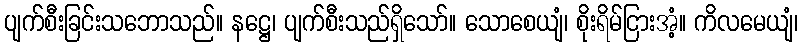
ပျက်စီးခြင်းသဘောသည်။ နဋ္ဌေ၊ ပျက်စီးသည်ရှိသော်။ သောစေယျံ၊ စိုးရိမ်ငြားအံ့။ ကိလမေယျံ၊